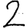
Digit: 2